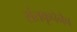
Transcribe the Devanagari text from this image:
संतकृपेनेच